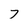
Character: 7